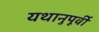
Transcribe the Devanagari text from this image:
यथानुपूर्वी